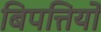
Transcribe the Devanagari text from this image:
बिपत्तियों